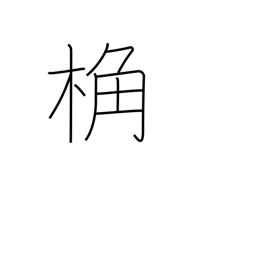
Meaning: rafter